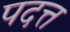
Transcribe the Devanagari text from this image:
पदत्त